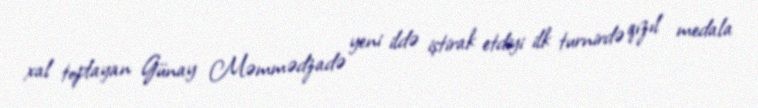
xal toplayan Günay Məmmədzadə yeni ildə iştirak etdiyi ilk turnirdə qızıl medala